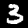
Digit: 3